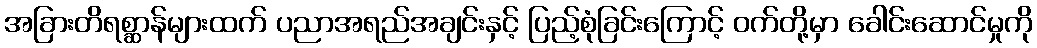
အခြားတိရစ္ဆာန်များထက် ပညာအရည်အချင်းနှင့် ပြည့်စုံခြင်းကြောင့် ဝက်တို့မှာ ခေါင်းဆောင်မှုကို